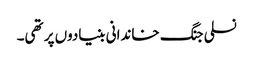
نسلی جنگ خاندانی بنیادوں پر تھی۔